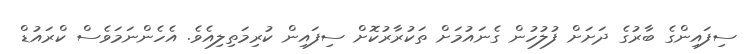
ސިފައިންގެ ބާރުގެ ދަށަށް ފުލުހުން ގެނައުމަށް ތަކުރާރުކޮށް ސިފައިން ކުރިމަތިލިއެވެ. އެހެންނަމަވެސް ކްރައުޑް